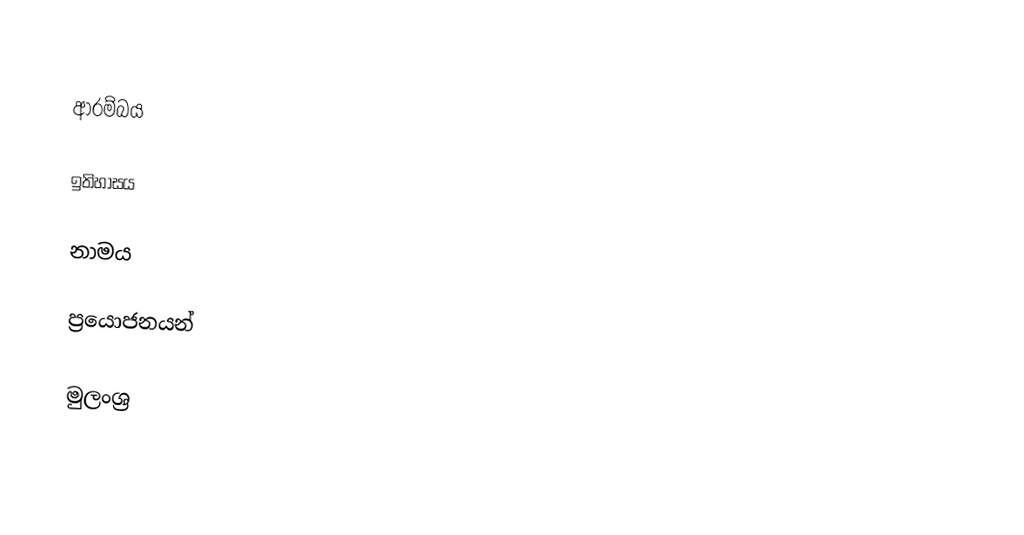

ආරම්බය

ඉතිහාසය

නාමය

ප්‍රයොජනයන්

මුලංශ්‍ර